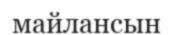
майлансын